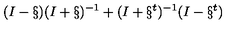
( I - \S ) ( I + \S ) ^ { - 1 } + ( I + \S ^ { t } ) ^ { - 1 } ( I - \S ^ { t } )